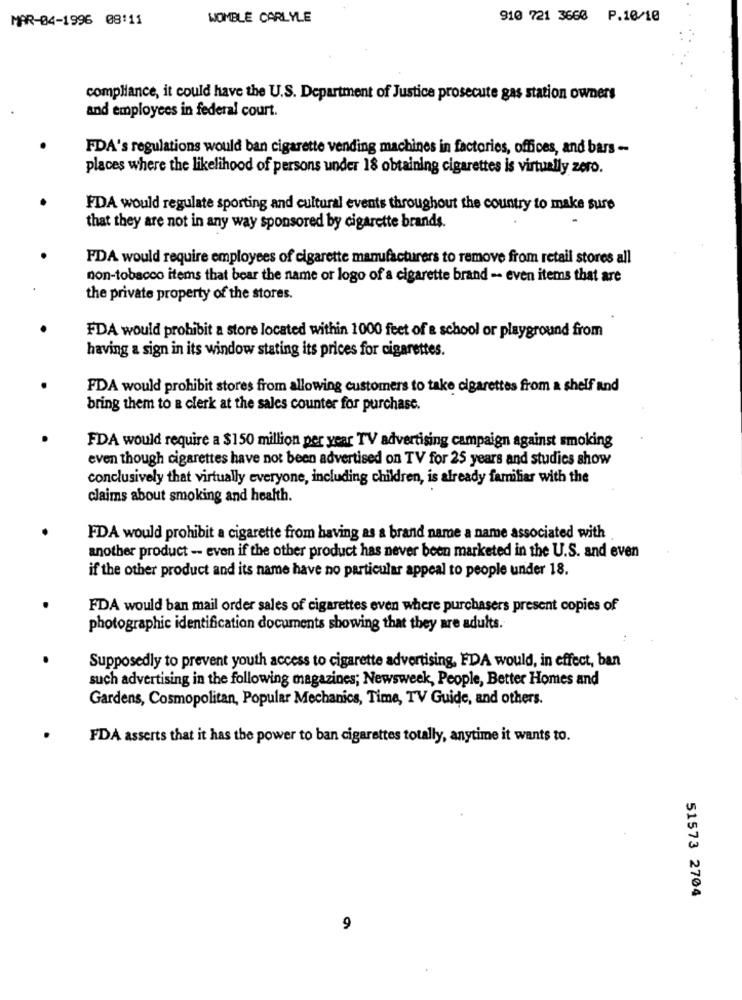
MAR-04-1996 08:11
WOMBLE CARLYLE
910 721 3660 P.10/10
compliance, it could have the U.S. Department of Justice prosecute gas station owners
and employees in federal court.
FDA's regulations would ban cigarette vending machines in factories, offices, and bars -
places where the likelihood of persons under 18 obtaining cigarettes is virtually zero.
FDA would regulate sporting and cultural events throughout the country to make sure
that they are not in any way sponsored by cigarette brands.
FDA would require employees of cigarette manufacturers to remove from retail stores all
non-tobacco items that bear the name or logo of a cigarette brand -. even items that are
the private property of the stores.
FDA would prohibit a store located within 1000 feet of a school or playground from
having a sign in its window stating its prices for cigarettes.
FDA would prohibit stores from allowing customers to take cigarettes from a shelf and
bring them to a clerk at the sales counter for purchase.
FDA would require a $150 million per year TV advertising campaign against smoking
even though cigarettes have not been advertised on TV for 25 years and studies show
conclusively that virtually everyone, including children, is already familiar with the
claims about smoking and health.
FDA would prohibit a cigarette from having as a brand name a name associated with
another product -- even if the other product has never been marketed in the U.S. and even
if the other product and its name have no particular appeal to people under 18.
FDA would ban mail order sales of cigarettes even where purchasers present copies of
photographic identification documents showing that they are adults.
Supposedly to prevent youth access to cigarette advertising, FDA would, in effect, ban
such advertising in the following magazines; Newsweek, People, Better Homes and
Gardens, Cosmopolitan, Popular Mechanics, Time, TV Guide, and others.
FDA asserts that it has the power to ban cigarettes totally, anytime it wants to.
51573 2704
9